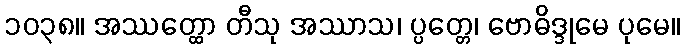
၁၀၃၈။ အဿတ္ထော တီသု အဿာသ၊ ပ္ပတ္တေ၊ ဗောဓိဒ္ဒုမေ ပုမေ။